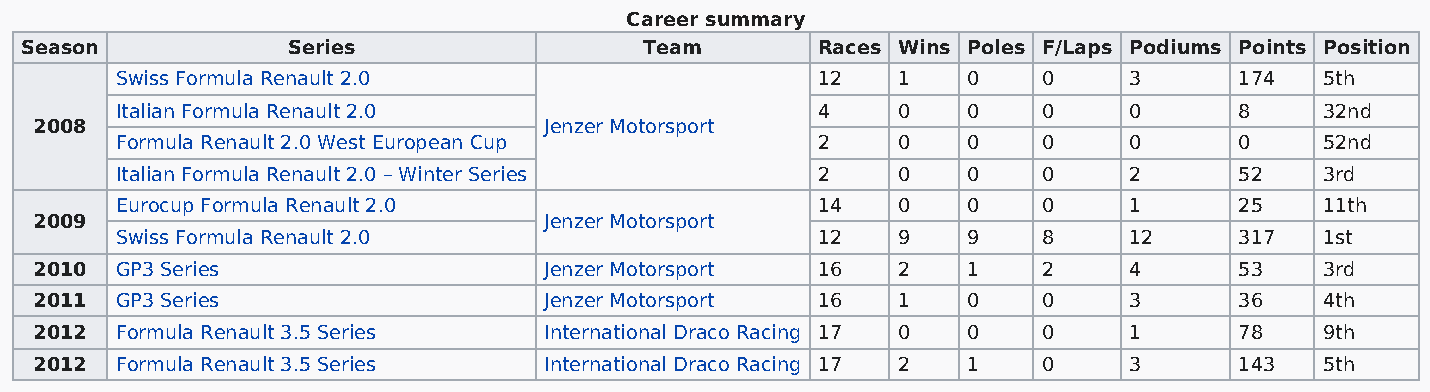
Career summary
 Season            Series                  Team       Races Wins Poles F/Laps Podiums Points Position
 Swiss Formula Renault 2.0                     12   1    0    0     3      174   5th
 Italian Formula Renault 2.0                   4    0    0    0     0      8     32nd
 2008                              Jenzer Motorsport
 Formula Renault 2.0 West European Cup         2    0    0    0     0      0     52nd
 Italian Formula Renault 2.0 – Winter Series   2    0    0    0     2      52    3rd
 Eurocup Formula Renault 2.0                   14   0    0    0     1      25    11th
 2009                              Jenzer Motorsport
 Swiss Formula Renault 2.0                     12   9    9    8     12     317   1st
 2010  GP3 Series                  Jenzer Motorsport 16   2    1    2     4      53    3rd
 2011  GP3 Series                  Jenzer Motorsport 16   1    0    0     3      36    4th
 2012  Formula Renault 3.5 Series  International Draco Racing 17 0 0 0    1      78    9th
 2012  Formula Renault 3.5 Series  International Draco Racing 17 2 1 0    3      143   5th